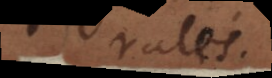
rales.